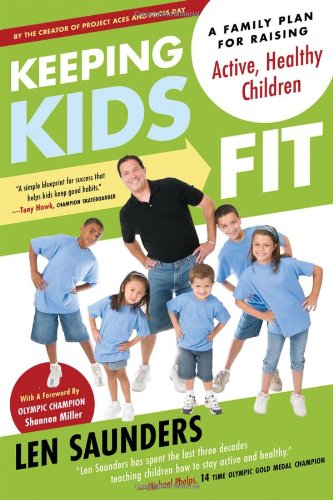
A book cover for Keeping Kids Fit: A Family Plan for Raising Active, Healthy Children; Len Saunders; Health, Fitness & Dieting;